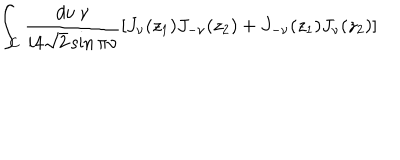
\int _ { C } \frac { d \nu \: \nu } { i 4 \sqrt { 2 } \sin \pi \nu } \left[ J _ { \nu } ( z _ { 1 } ) J _ { - \nu } ( z _ { 2 } ) + J _ { - \nu } ( z _ { 1 } ) J _ { \nu } ( z _ { 2 } ) \right] \; \; \;